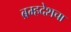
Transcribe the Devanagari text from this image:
ब्रम्हदेशचा